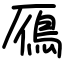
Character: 鴈